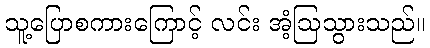
သူ့ပြောစကားကြောင့် လင်း အံ့ဩသွားသည်။